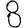
Digit: 8